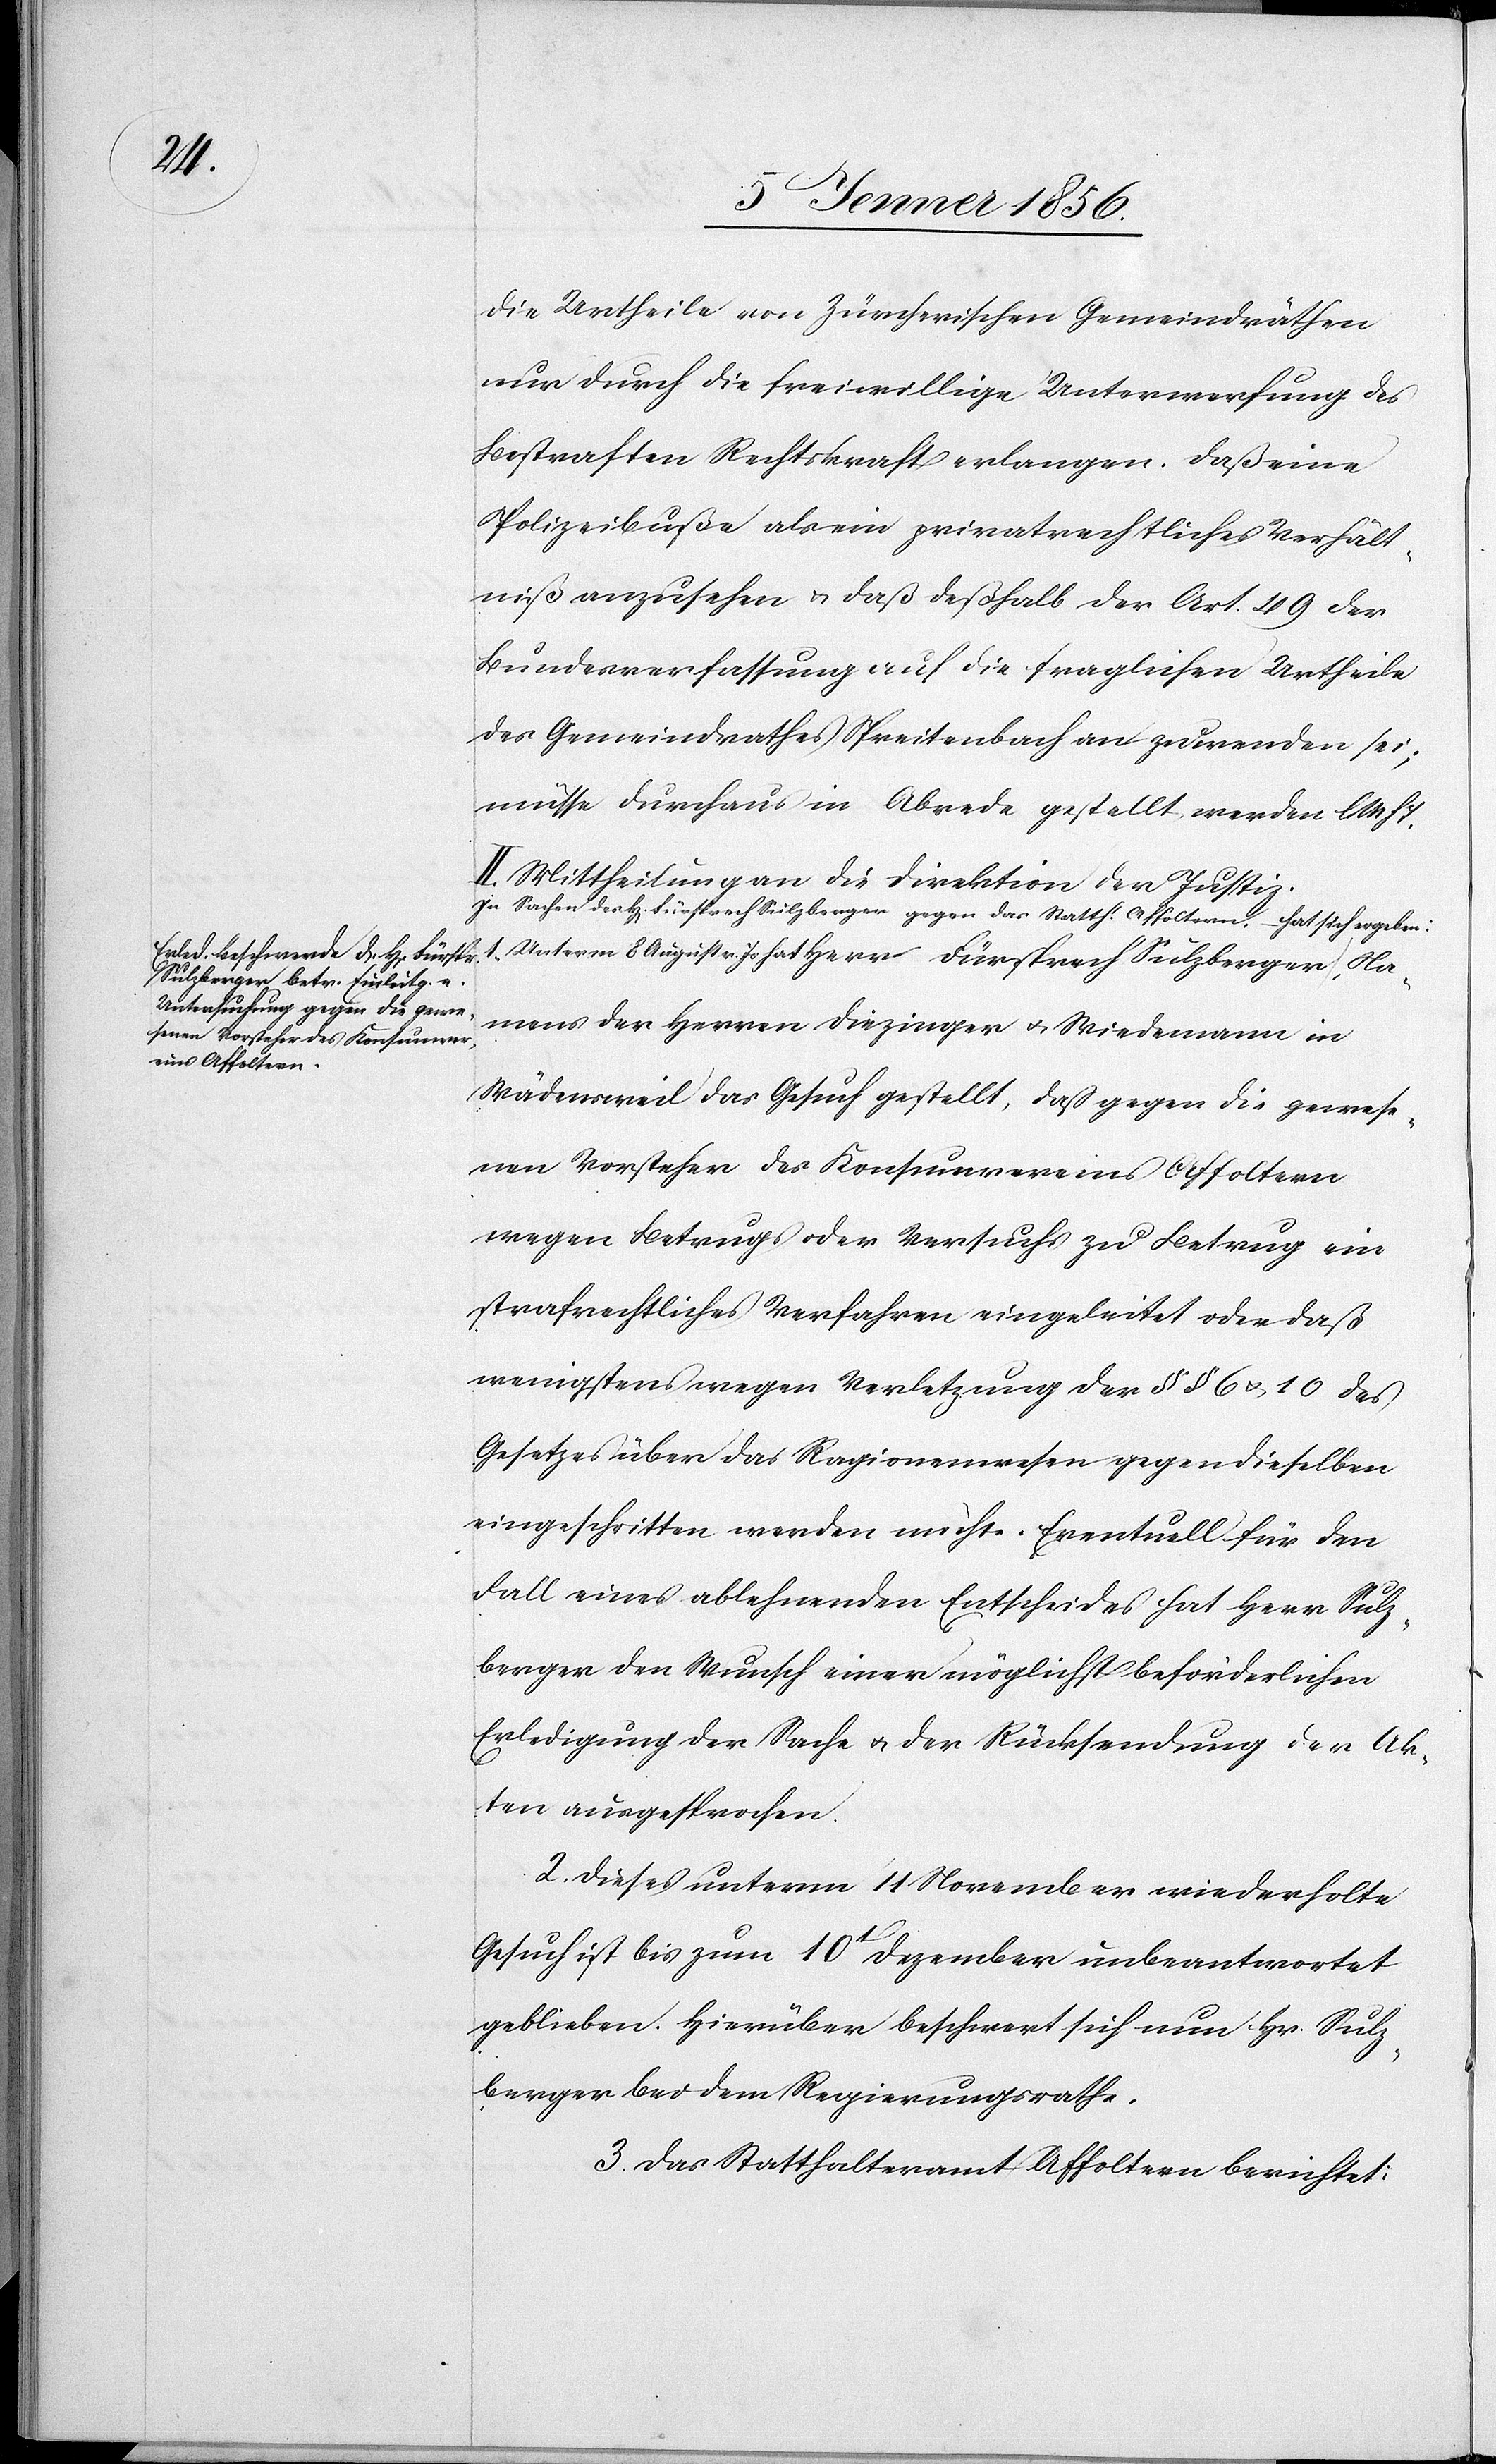
die Urtheile von Zürcherischen Gemeindräthen
nur durch die freiwillige Unterwerfung des
Bestraften Rechtskraft erlangen. Daß eine
Polizeibuße als ein privatrechtliches Verhält¬
niß anzusehen u. daß deßhalb der Art. 49 der
Bundesverfassung auf die fraglichen Urtheile
des Gemeindrathes Spreitenbach anzuwenden sei;
müsse durchaus in Abrede gestellt werden lMhT.
II. Mittheilung an die Direktion der Justiz.
a-In Sachen des H[errn] Fürsprech Sulzberger gegen das Statth. Affoltern, – hat sich ergeben:
Namens der Herren Diezinger u. Wiedemann in
Wädensweil das Gesuch gestellt, daß gegen die gewese¬
nen Vorsteher des Konsumvereins Affoltern
wegen Betrugs oder Versuchs zu Betrug ein
strafrechtliches Verfahren eingeleitet oder daß
wenigstens wegen Verletzung der §§ 6 u. 10 des
Gesetzes über das Ragionenwesen gegen dieselben
eingeschritten werden möchte. Eventuell für den
Fall eines ablehnenden Entscheides hat Herr Sulz¬
berger den Wunsch einer möglichst beförderlichen
Erledigung der Sache u. der Rücksendung der Ak¬
ten ausgesprochen.
2. Dieses unterm 11 November wiederholte
Gesuch ist bis zum 10t Dezember unbeantwortet
geblieben. Hierüber beschwert sich nun Hr. Sulz¬
berger bei dem Regierungsrathe.
3. Das Statthalteramt Affoltern berichtet: